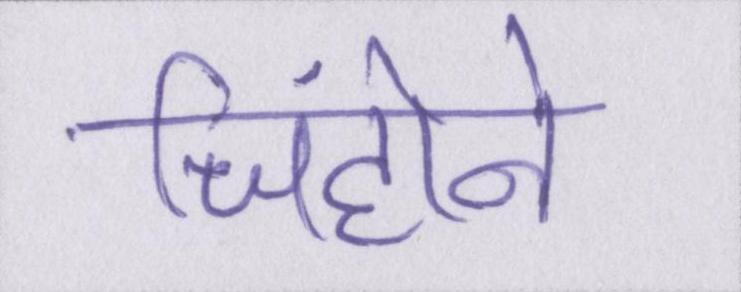
जिंहोने